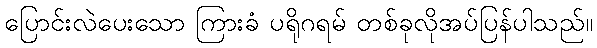
ပြောင်းလဲပေးသော ကြားခံ ပရိုဂရမ် တစ်ခုလိုအပ်ပြန်ပါသည်။